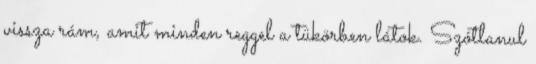
vissza rám, amit minden reggel a tükörben látok. Szótlanul